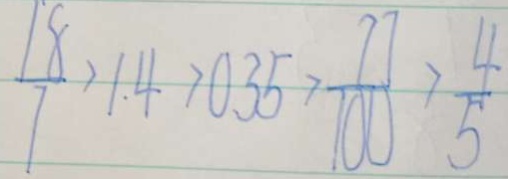
\frac { 1 8 } { 7 } > 1 . 4 > 0 . 3 5 > \frac { 7 7 } { 1 0 0 } > \frac { 4 } { 5 }